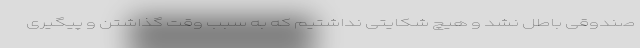
صندوقی باطل نشد و هیچ شکایتی نداشتیم که به سبب وقت گذاشتن و پیگیری